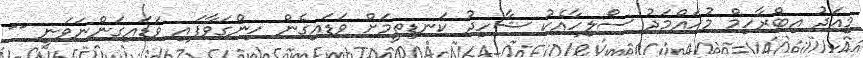
މިއަދު އިބްރާހިމް މުހައްމަދު ސޯލިހާއެކު ޝާހިދު ކަނޑިތީމަށް ވަޑައިގެން ހިންގަވާފައި ވަޑައިގަންނަވަނީ --